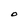
Character: O